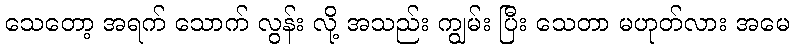
သေတော့ အရက် သောက် လွန်း လို့ အသည်း ကျွမ်း ပြီး သေတာ မဟုတ်လား အမေ